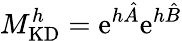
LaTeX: M_{\mathrm{KD}}^{h}=\mathrm{e}^{h\hat{A}}\mathrm{e}^{h\hat{B}}